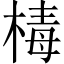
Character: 𣕬